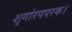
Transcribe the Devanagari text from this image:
शृगांरपपरक।